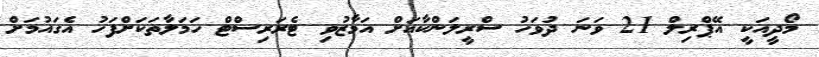
މޯދީއަކީ އޭޕްރިލް 21 ވަނަ ދުވަހު ސްރީލަންކާއަށް އަމާޒުވި ޓެރަރިސްޓް ހަމަލާތަކަށްފަހު އެގައުމަށް